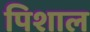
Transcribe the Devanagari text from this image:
पिशाल